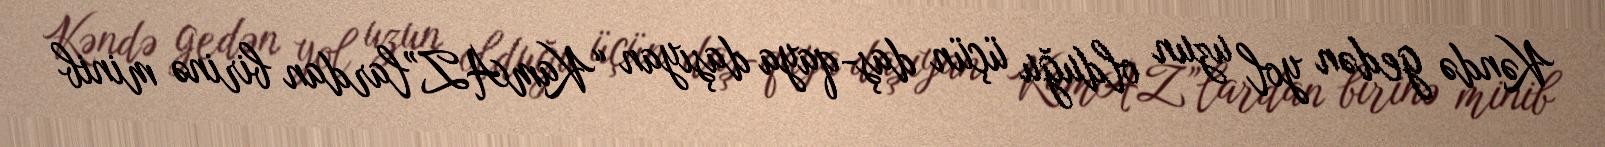
Kəndə gedən yol uzun olduğu üçün daş-qaya daşıyan “KamAZ”lardan birinə minib